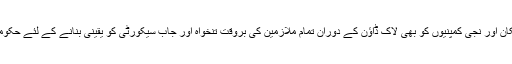
اس حوالے سے تمام فیکٹری مالکان اور نجی کمپنیوں کو بھی لاک ڈاؤن کے دوران تمام ملازمین کی بروقت تنخواہ اور جاب سیکورٹی کو یقینی بنانے کے لئے حکومت سندھ نے اقدامات اٹھائے ہیں۔